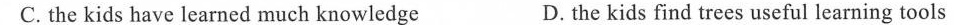
C.the kids have learned much knowledge D.the kids find trees useful learning tools